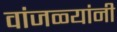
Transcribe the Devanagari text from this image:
वांजळ्यांनी